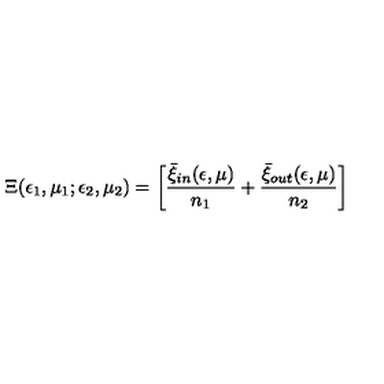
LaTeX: \Xi ( \epsilon _ { 1 } , \mu _ { 1 } ; \epsilon _ { 2 } , \mu _ { 2 } ) = \left[ { \frac { \bar { \xi } _ { \small i n } ( \epsilon , \mu ) } { n _ { 1 } } } + { \frac { \bar { \xi } _ { \small o u t } ( \epsilon , \mu ) } { n _ { 2 } } } \right]